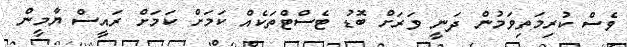
ވެސް ކުރިމަތިވަމުން ދަނީ ވަރަށް ބޮޑު ޓެސްޓްތަކެއް ކަމަށް ކަމަށް ރައީސް ޔާމީން